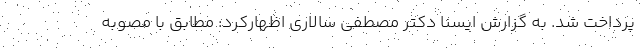
پرداخت شد. به گزارش ایسنا دکتر مصطفی سالاری اظهارکرد: مطابق با مصوبه